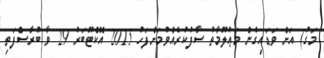
މަގު) އަށް ވަޑައިގެން މަޢުލޫމާތު ސާފުކުރެއްވުމަށްފަހު 2015 އޮކްޓޫބަރު 29 ވާ ބުރާސްފަތި